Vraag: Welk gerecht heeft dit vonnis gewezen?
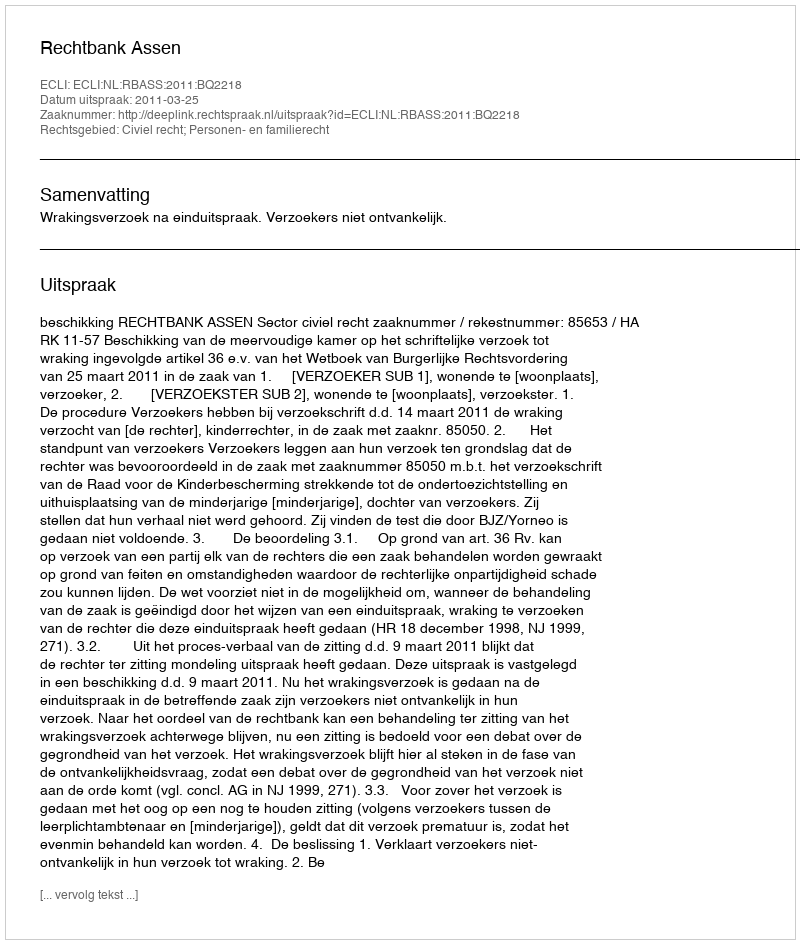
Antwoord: Rechtbank Assen